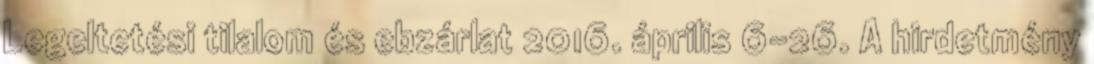
Legeltetési tilalom és ebzárlat 2016. április 6-26. A hirdetmény